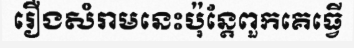
រឿងសំរាមនេះប៉ុន្តែពួកគេធ្វើ